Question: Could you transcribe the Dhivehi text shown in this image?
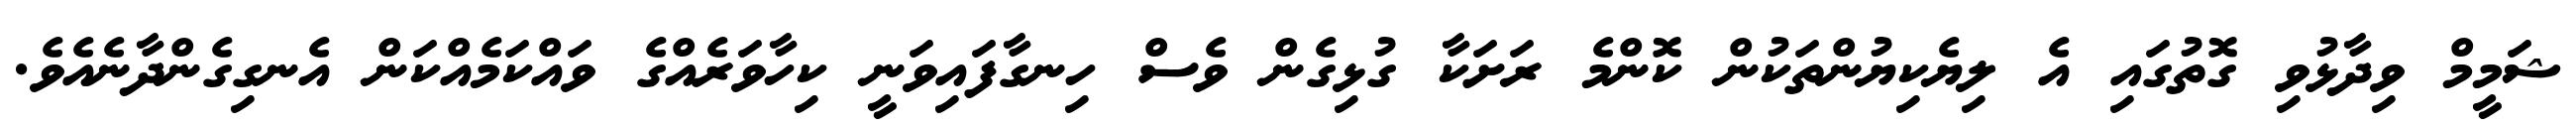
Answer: ޝަމީމް ވިދާޅުވި ގޮތުގައި އެ ލިޔެކިޔުންތަކުން ކޮންމެ ރަށަކާ ގުޅިގެން ވެސް ހިނގާފައިވަނީ ކިހާވަރެއްގެ ވައްކަމެއްކަން އެނގިގެންދާނެއެވެ.